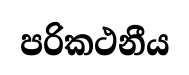
පරිකථනීය